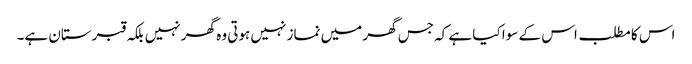
اس کا مطلب اس کے سوا کیا ہے کہ جس گھر میں نماز نہیں ہوتی وہ گھر نہیں بلکہ قبرستان ہے۔